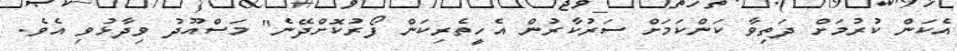
އެކަން ކުރުމަށް ދަތިވާ ކަންކަމަށް ސަރުކާރުން އެހީތެރިކަން ފޯރުކޮށްދޭނެ" މަސްއޫދު ވިދާޅުވި އެވެ.